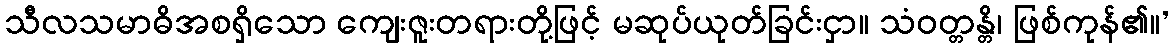
သီလသမာဓိအစရှိသော ကျေးဇူးတရားတို့ဖြင့် မဆုပ်ယုတ်ခြင်းငှာ။ သံဝတ္တန္တိ၊ ဖြစ်ကုန်၏။’